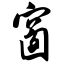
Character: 窗